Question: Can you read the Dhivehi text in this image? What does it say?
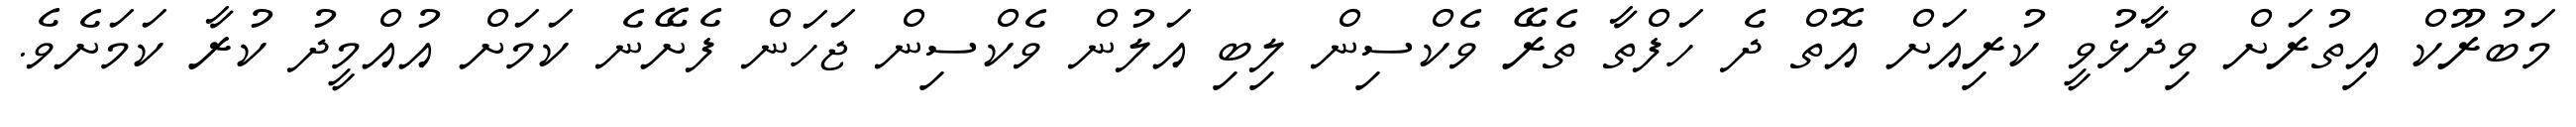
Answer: މަބުރޫކް އިތުރަށް ވިދާޅުވީ ކުރިއަށް އޮތް ދެ ހަފްތާ ތެރޭ ވެކްސިން ލިބި އަލުން ވެކްސިން ޖަހަން ފެށޭނެ ކަމަށް އުއްމީދު ކުރާ ކަމަށެވެ.